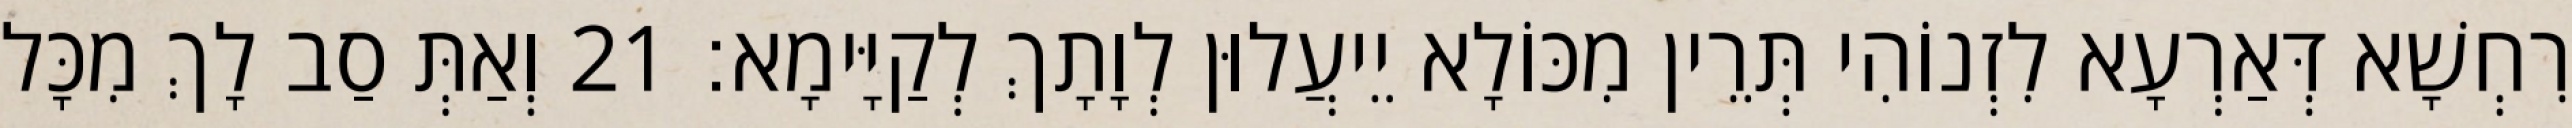
רִחְשָׁא דְּאַרְעָא לִזְנוֹהִי תְּרֵין מִכּוֹלָא יֵיעֲלוּן לְוָתָךְ לְקַיָּימָא׃ 21 וְאַתְּ סַב לָךְ מִכָּל